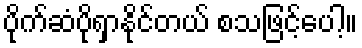
ပိုက်ဆံပိုရှာနိုင်တယ် စသဖြင့်ပေါ့။